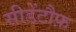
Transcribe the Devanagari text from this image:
सीडेंटौफ़